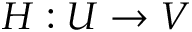
\boldsymbol { H } : U \rightarrow V